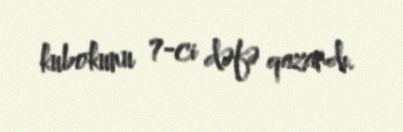
kubokunu 7-ci dəfə qazandı.